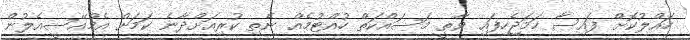
ހައްލުކޮށް ފައިސާ ހަމަޖެހިފައި ވާތީ މަސައްކަތް ހުއްޓުމެއް ނެތި ކުރިއަށްދާނެ ކަމަށް އެމްއޭސީއެލުން